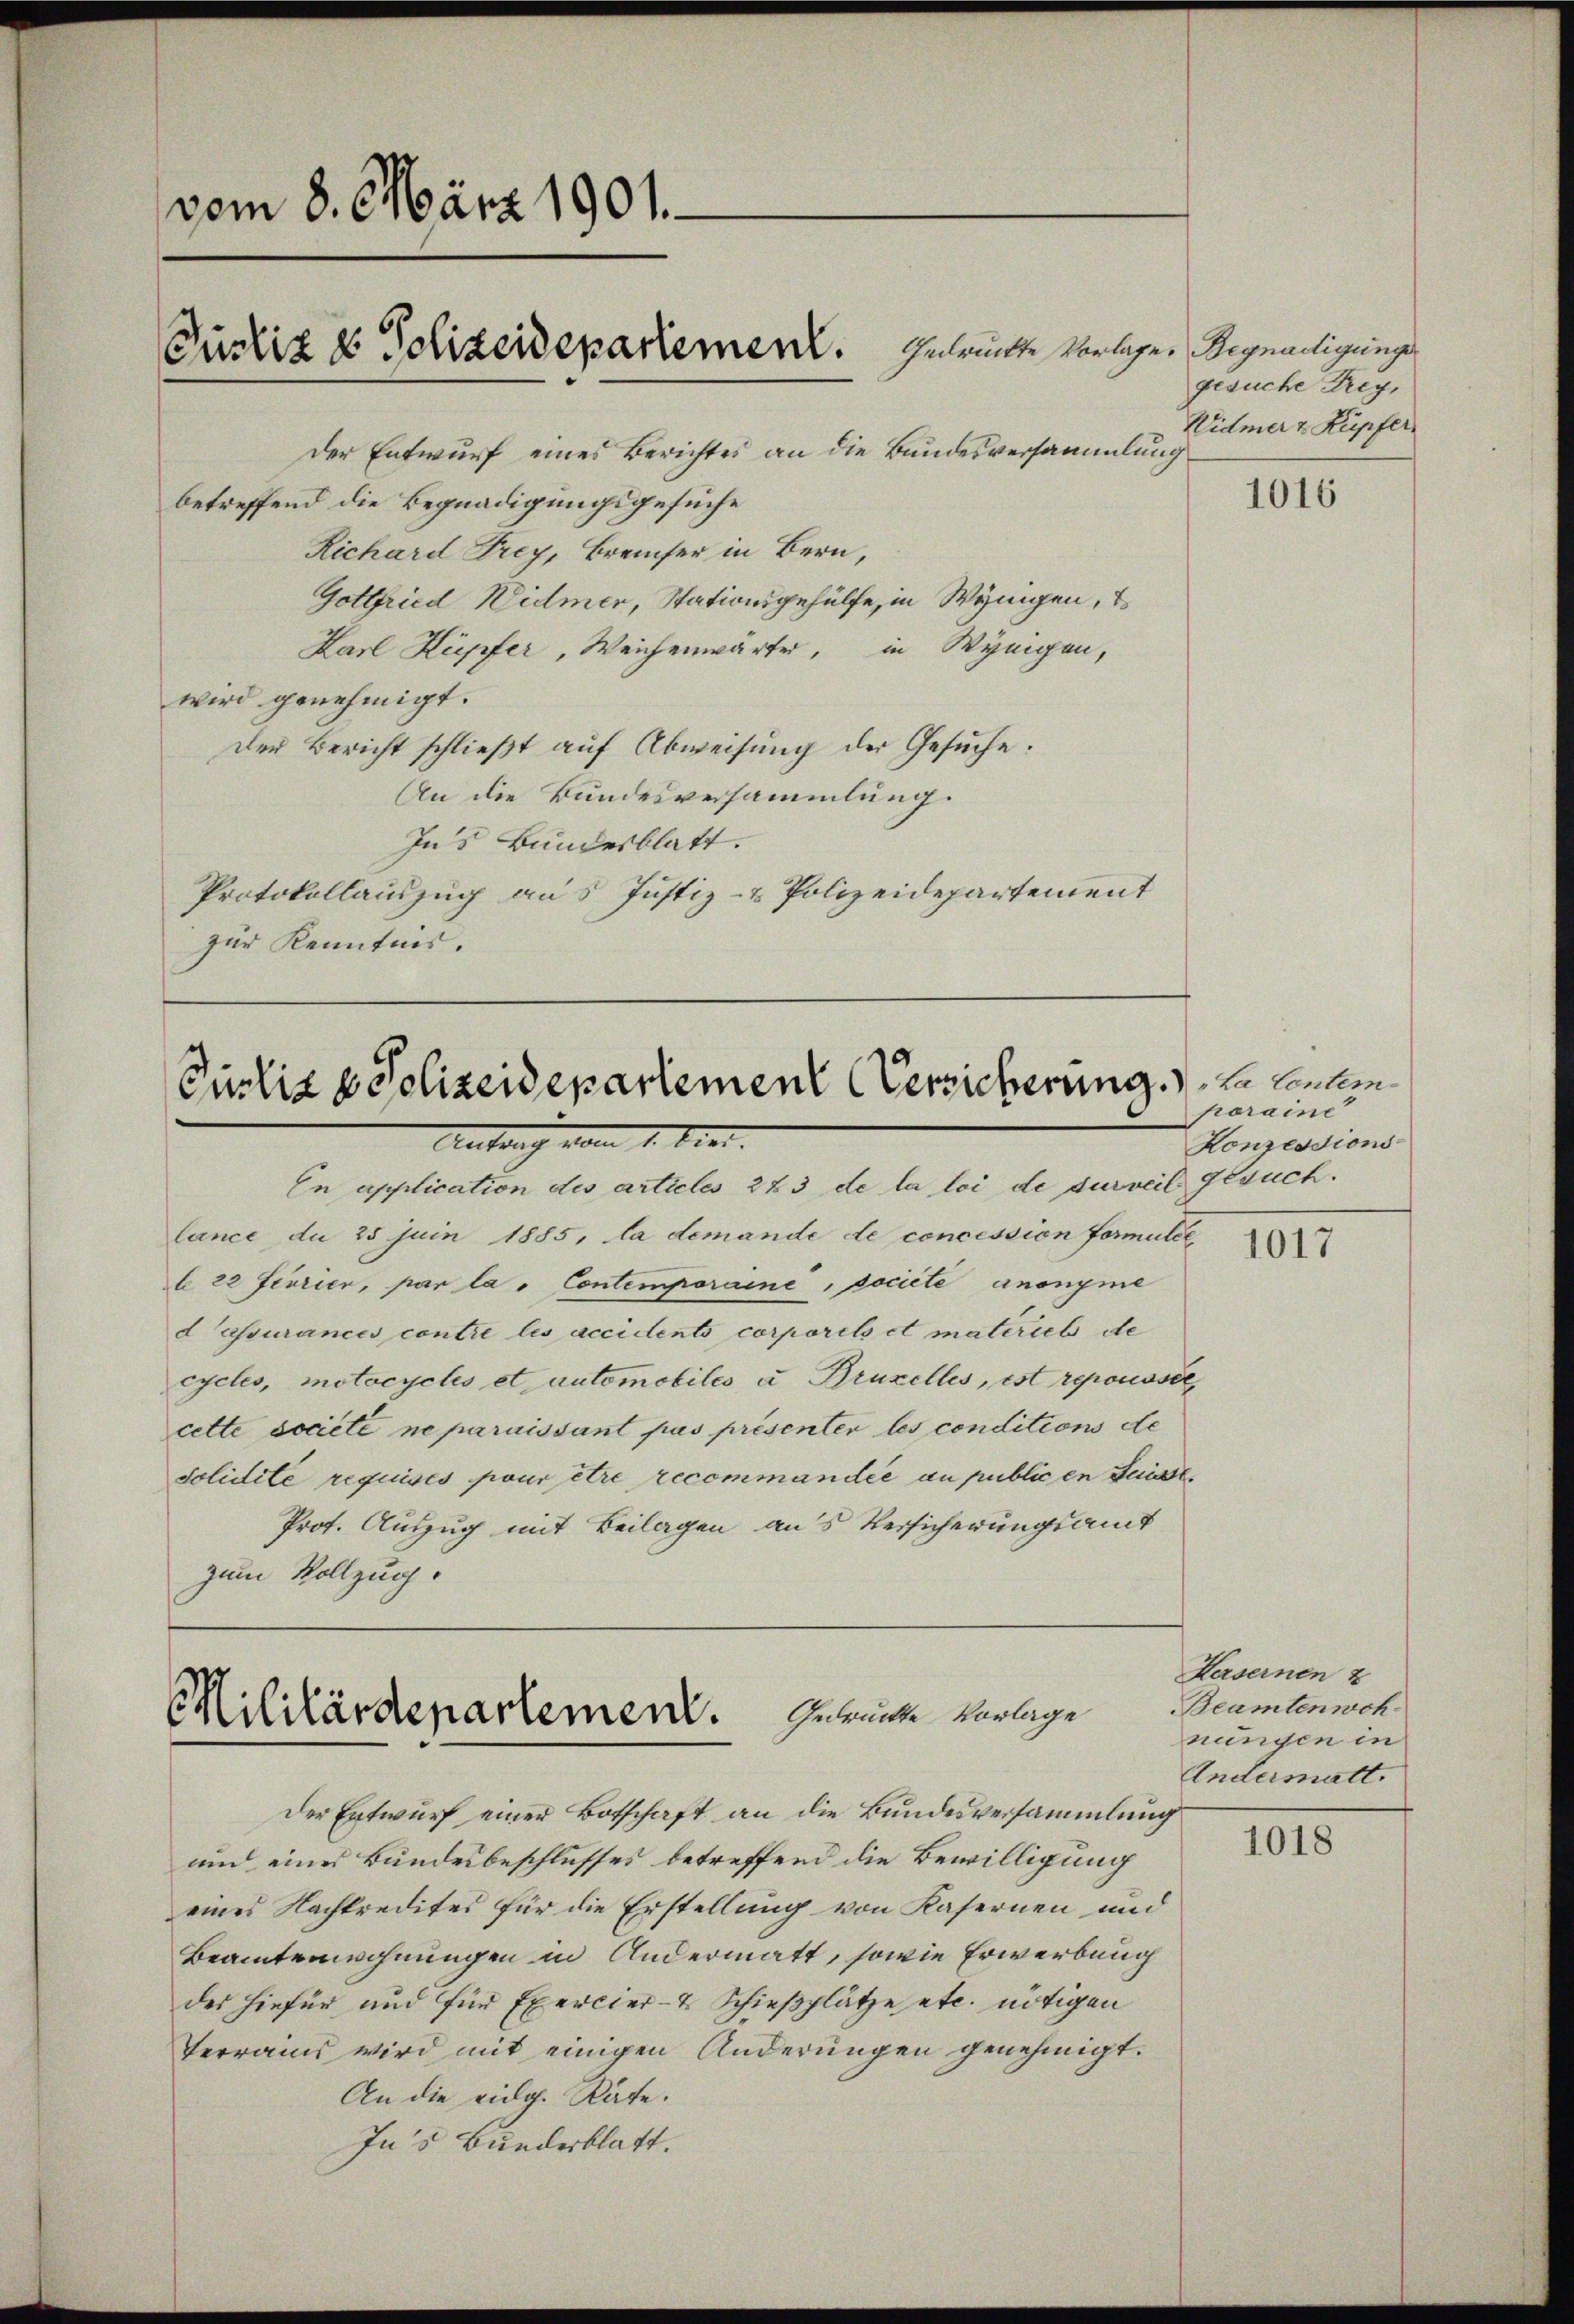
vom 8. März 1901.
Der Entwurf eines Berichtes an die Bundesversammlung
betreffend die Begnadigungsgesuche
Richard Frey, Bremer in Bern,

Pustiz & Polizeidepartement.

Gottfried Widmer, Stationsgehülfe, in Wynigen, E
Karl Kupfer, Weichenwärte, in Wynigen,
wird genehmigt.
Der Bericht schlieβt aŭf Abweisung der Gesŭche:
An die Bundesversammlung.
In’s Bundesblatt.
Protokollauszug aus Justiz- & Polizeidepartement
zur Kenntnis.

Purliz & Polizeidepartement (Versicherung zu lauten
Antrag vom 1. Juni.

En application des articles 223 de la loi de surveil gesuchlance du 25 Juin 1885, la demande de concession Formulie
b 22 Ferrier, par la Contemporaine, societe anonyme
d assurances contre les accidents corporels et materieb de
cycles, motocycles et automobiles u Bruzelles, ist repousser
cette societe ne paraissant pas présenter les conditions de
solidite requises pour être recommandée au publicen Suisse
Prot. Auszug mit Beilagen aus Versicherungsamt
zum Vollzug.

s
Militärdepartement. Gebrückte Vorlage

Gedruckte Vorlage. Begnadigunge
gesuche Frey,
Widmer & Kupfer

Der Entwurf einer Botschaft an die Bundesversammlung
und eines Bundesbeschlusses betreffend die Bewilligung
eines Nachtredites für die Erstellung von Kasernen und
Beamtenwohnungen in Andermatt, sowie Erwerbung
des hiefür und für Exercier- & Schießplätze etc. nötigen
Terrains wird mit einigen Änderungen genehmigt.
An die eidg. Rate.
In’s Bunderblatt.

1016

paraine
Konzessions

1017

Kasernen u
Beamtenwoh
nungen in
Andermatt.

1018